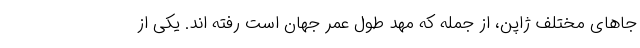
جاهای مختلف ژاپن، از جمله که مهد طول عمر جهان است رفته اند. یکی از